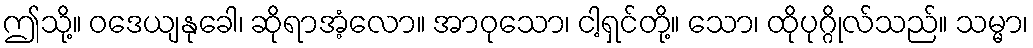
ဤသို့။ ဝဒေယျနုခေါ၊ ဆိုရာအံ့လော။ အာဝုသော၊ ငါ့ရှင်တို့။ သော၊ ထိုပုဂ္ဂိုလ်သည်။ သမ္မာ၊